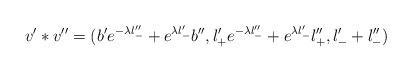
LaTeX: \begin{align*}v' * v'' = ( b'e^{- \lambda l_-''} + e^{ \lambda l_-'} b'',l_+' e^{- \lambda l_-''} + e^{ \lambda l_-'} l_+'', l_-' + l_-'')\end{align*}